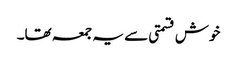
خوش قسمتی سے یہ جمعہ تھا۔